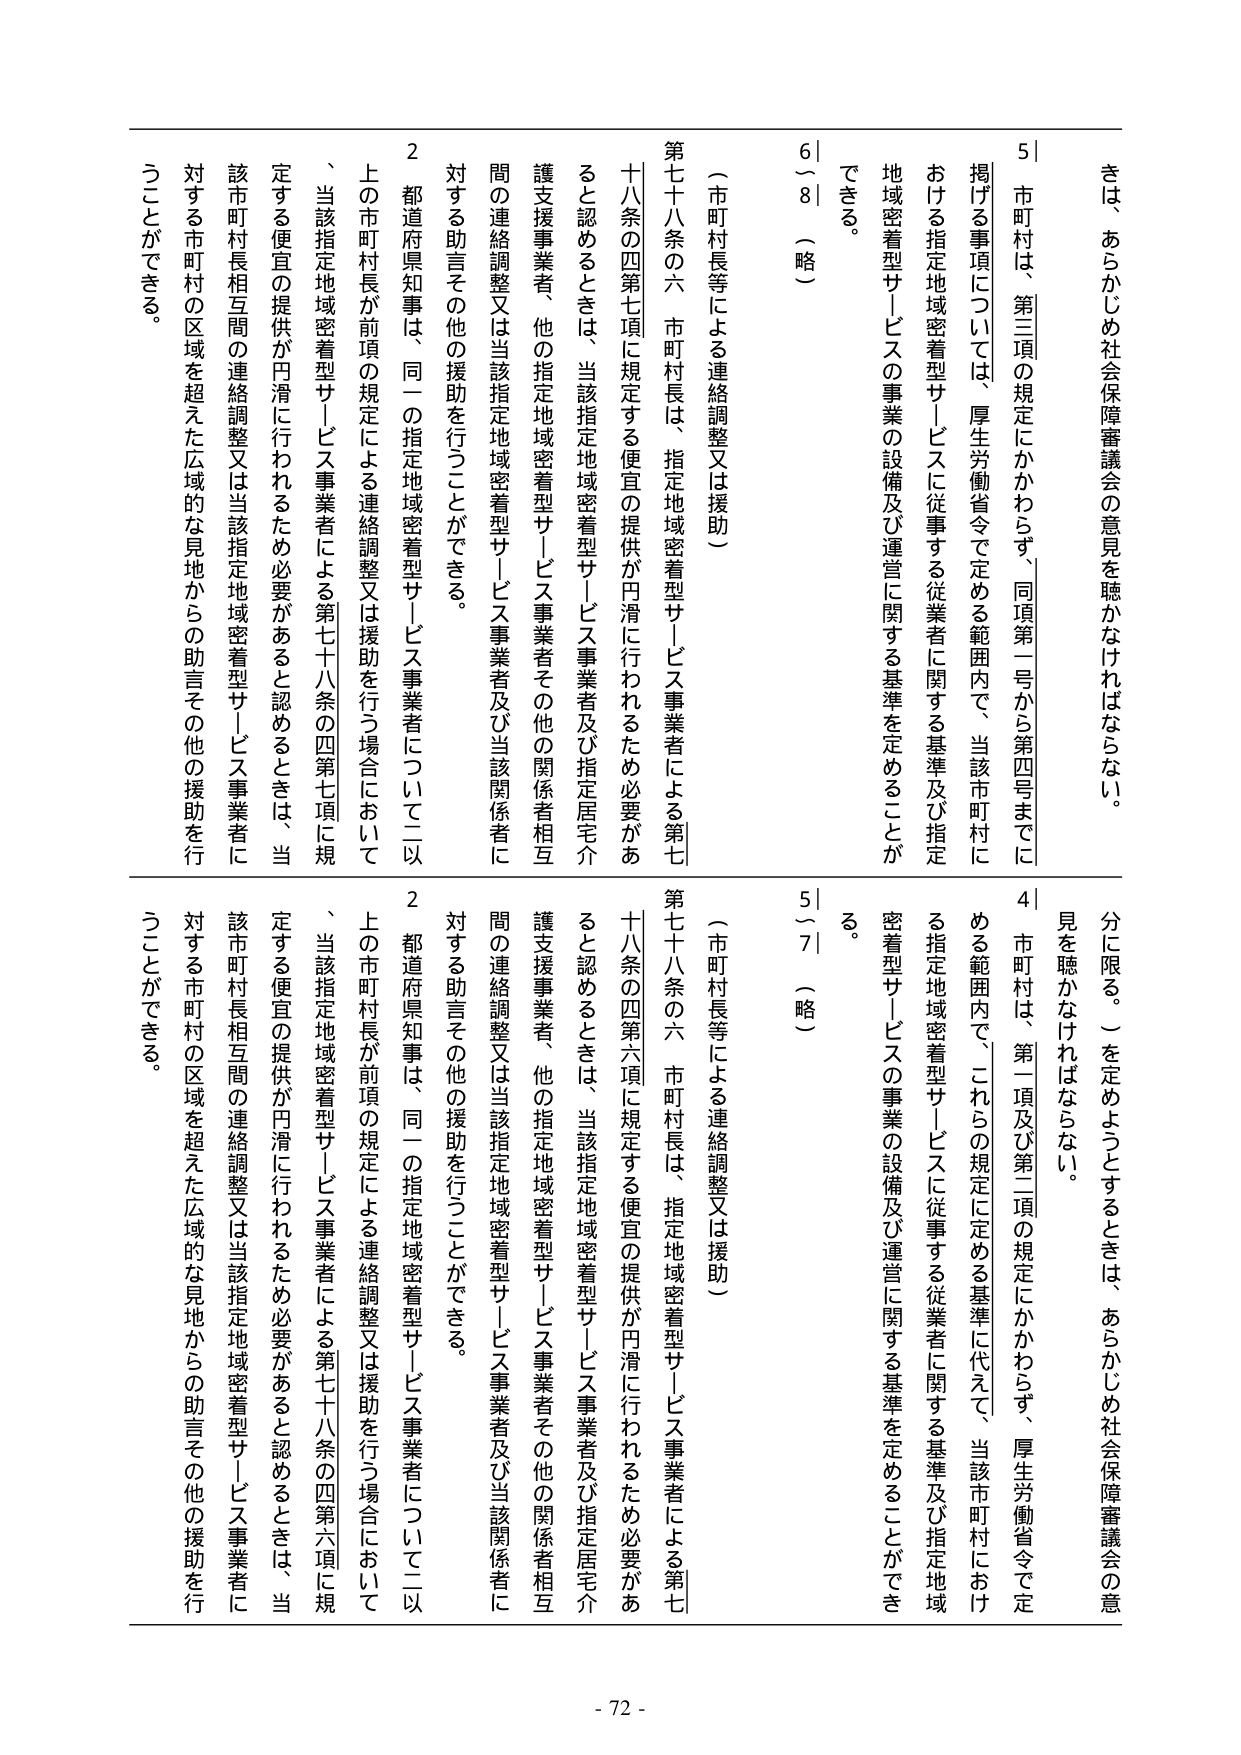
きは、あらかじめ社会保障審議会の意見を聴かなければならない。

5｜市町村は、第三項の規定にかかわらず、同項第一号から第四号までに
掲げる事項については、厚生労働省令で定める範囲内で、当該市町村に
おける指定地域密着型サービスに従事する従業者に関する基準及び指定
地域密着型サービスの事業の設備及び運営に関する基準を定めることができる。

6｜8｜（略）

（市町村長等による連絡調整又は援助）
第七十八条の六 市町村長は、指定地域密着型サービス事業者による第七
十八条の四第七項に規定する便宜の提供が円滑に行われるため必要があ
ると認めるときは、当該指定地域密着型サービス事業者及び指定居宅介
護支援事業者、他の指定地域密着型サービス事業者その他の関係者相互
間の連絡調整又は当該指定地域密着型サービス事業者及び当該関係者に
対する助言その他の援助を行うことができる。

2 都道府県知事は、同一の指定地域密着型サービス事業者について二以
上の市町村長が前項の規定による連絡調整又は援助を行う場合において
、当該指定地域密着型サービス事業者による第七十八条の四第七項に規
定する便宜の提供が円滑に行われるため必要があると認めるときは、当
該市町村長相互間の連絡調整又は当該指定地域密着型サービス事業者に
対する市町村の区域を超えた広域的な見地からの助言その他の援助を行
うことができる。

分に限る。）を定めようとするときは、あらかじめ社会保障審議会の意
見を聴かなければならない。

4｜市町村は、第一項及び第二項の規定にかかわらず、厚生労働省令で定
める範囲内で、これらの規定に定める基準に代えて、当該市町村におけ
る指定地域密着型サービスに従事する従業者に関する基準及び指定地域
密着型サービスの事業の設備及び運営に関する基準を定めることができ
る。

5｜7｜（略）

（市町村長等による連絡調整又は援助）
第七十八条の六 市町村長は、指定地域密着型サービス事業者による第七
十八条の四第六項に規定する便宜の提供が円滑に行われるため必要があ
ると認めるときは、当該指定地域密着型サービス事業者及び指定居宅介
護支援事業者、他の指定地域密着型サービス事業者その他の関係者相互
間の連絡調整又は当該指定地域密着型サービス事業者及び当該関係者に
対する助言その他の援助を行うことができる。

2 都道府県知事は、同一の指定地域密着型サービス事業者について二以
上の市町村長が前項の規定による連絡調整又は援助を行う場合において
、当該指定地域密着型サービス事業者による第七十八条の四第六項に規
定する便宜の提供が円滑に行われるため必要があると認めるときは、当
該市町村長相互間の連絡調整又は当該指定地域密着型サービス事業者に
対する市町村の区域を超えた広域的な見地からの助言その他の援助を行
うことができる。

- 72 -